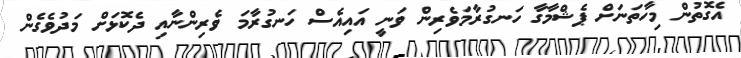
އެގޮތުން މިހާތަނަށް ޕެޝްމާގާ ހަނގުރާމަވެރިން ވަނީ އައިއެސް ހަނގުރާމަ ވެރިންނާއި ދެކޮޅަށް މަދުވެގެން